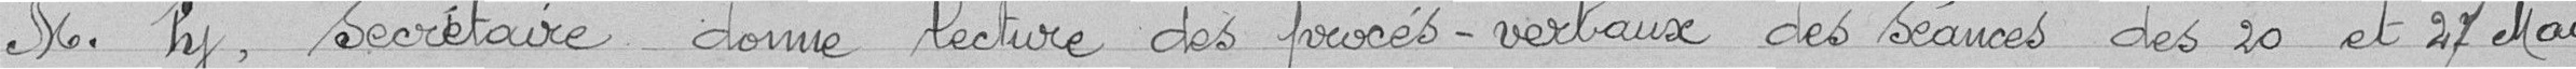
Monsieur Py, secrétaire donne lecture des procès-verbaux des séances des 20 et 27 mai